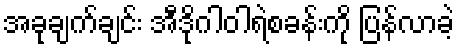
အခုချက်ချင်း အီဒိုဂါဝါရဲစခန်းကို ပြန်လာခဲ့